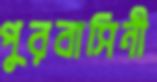
পুরবাসিনী